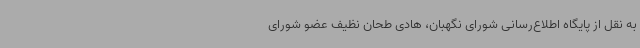
به نقل از پایگاه اطلاع‌رسانی شورای نگهبان، هادی طحان نظیف عضو شورای